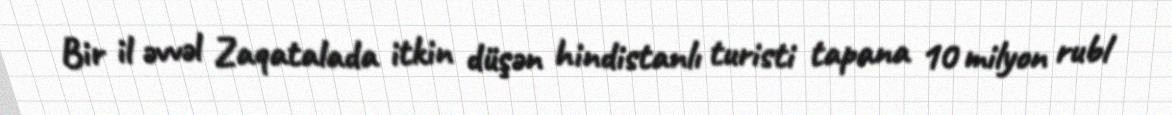
Bir il əvvəl Zaqatalada itkin düşən hindistanlı turisti tapana 10 milyon rubl